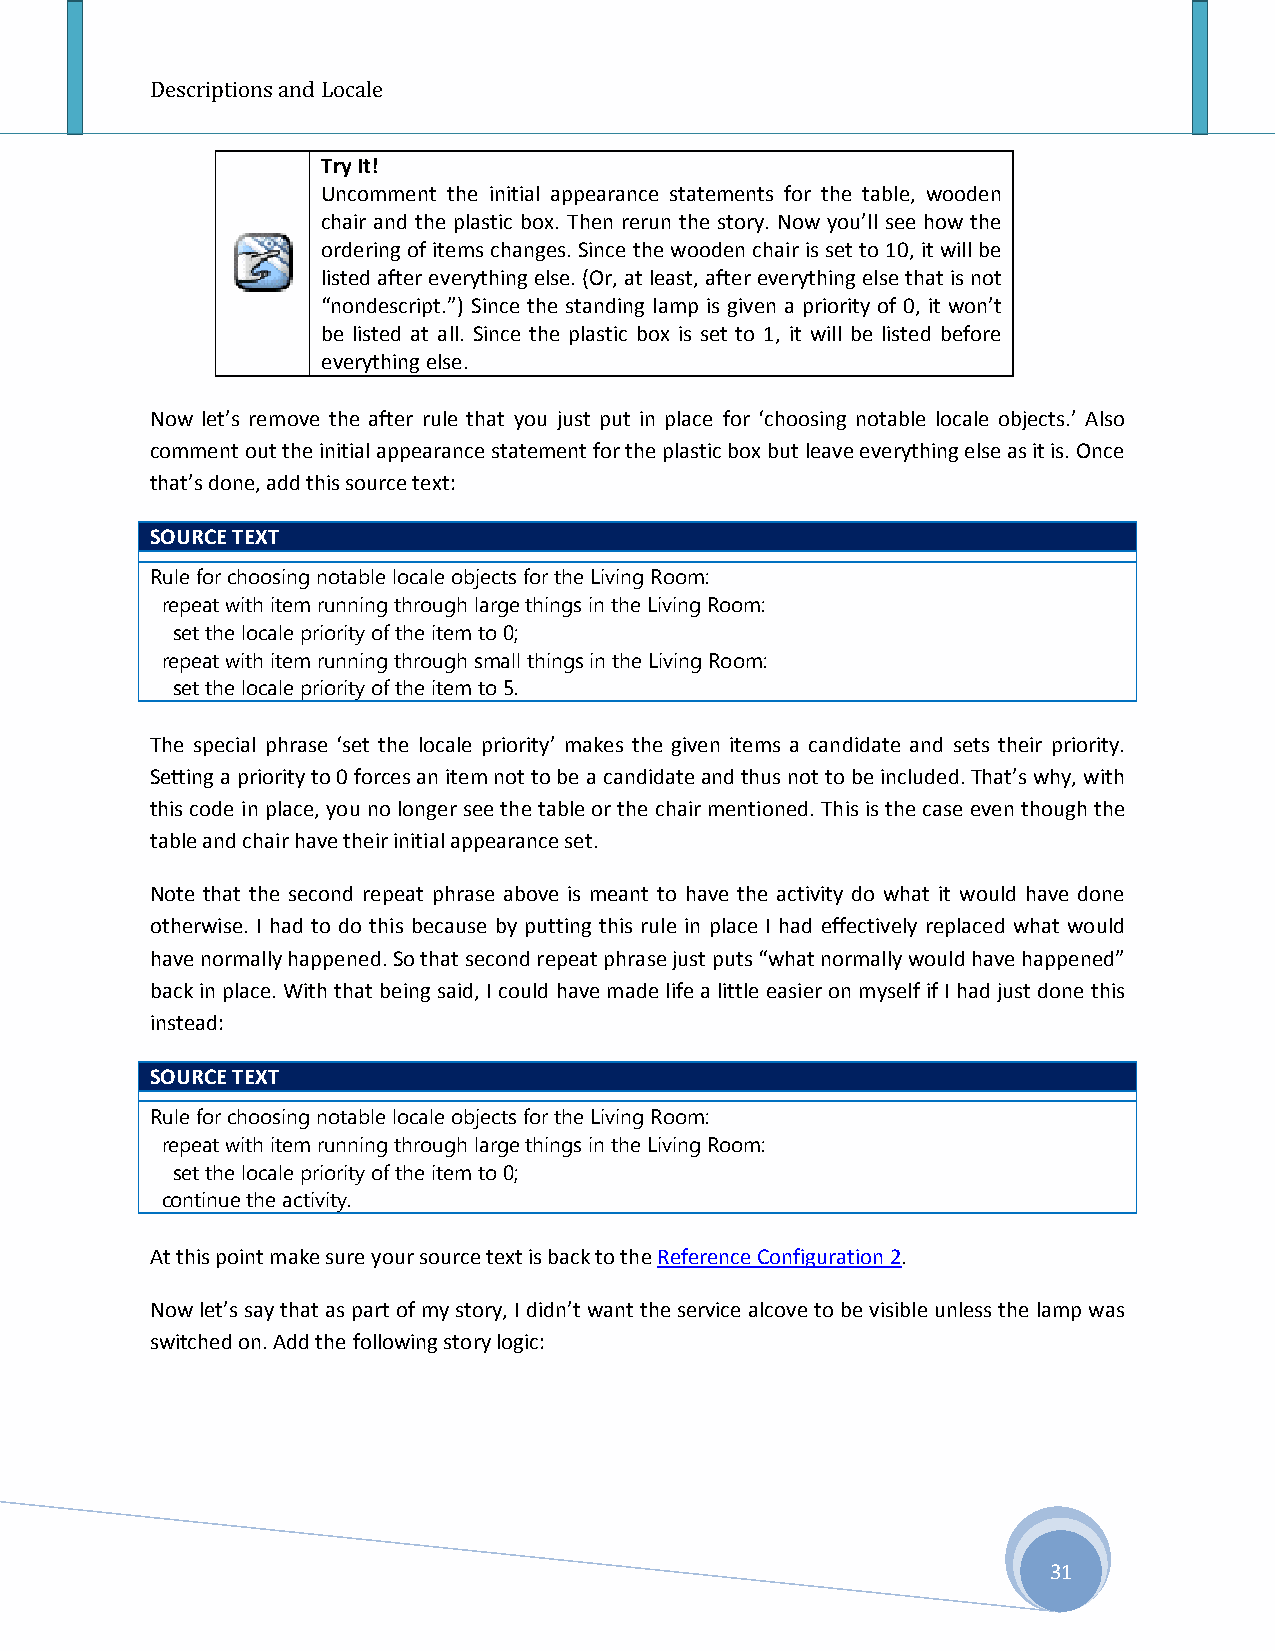
Descriptions and Locale
 Try It!
 Uncomment the initial appearance statements for the table, wooden
 chair and the plastic box. Then rerun the story. Now you’ll see how the
 ordering of items changes. Since the wooden chair is set to 10, it will be
 listed after everything else. (Or, at least, after everything else that is not
 “nondescript.”) Since the standing lamp is given a priority of 0, it won’t
 be listed at all. Since the plastic box is set to 1, it will be listed before
 everything else.
 Now let’s remove the after rule that you just put in place for ‘choosing notable locale objects.’ Also
 comment out the initial appearance statement for the plastic box but leave everything else as it is. Once
 that’s done, add this source text:
 SOURCE TEXT
 Rule for choosing notable locale objects for the Living Room:
 repeat with item running through large things in the Living Room:
 set the locale priority of the item to 0;
 repeat with item running through small things in the Living Room:
 set the locale priority of the item to 5.
 The special phrase ‘set the locale priority’ makes the given items a candidate and sets their priority.
 Setting a priority to 0 forces an item not to be a candidate and thus not to be included. That’s why, with
 this code in place, you no longer see the table or the chair mentioned. This is the case even though the
 table and chair have their initial appearance set.
 Note that the second repeat phrase above is meant to have the activity do what it would have done
 otherwise. I had to do this because by putting this rule in place I had effectively replaced what would
 have normally happened. So that second repeat phrase just puts “what normally would have happened”
 back in place. With that being said, I could have made life a little easier on myself if I had just done this
 instead:
 SOURCE TEXT
 Rule for choosing notable locale objects for the Living Room:
 repeat with item running through large things in the Living Room:
 set the locale priority of the item to 0;
 continue the activity.
 At this point make sure your source text is back to the Reference Configuration 2.
 Now let’s say that as part of my story, I didn’t want the service alcove to be visible unless the lamp was
 switched on. Add the following story logic:
 31